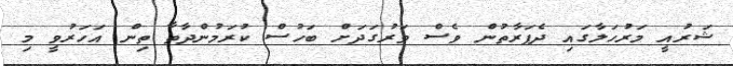
ޝަރުއީ މަރުހަލާގައި ދެފަރާތުން ވެސް ވަރުގަދަށް ބަހުސް ކުރަމުންދާތާ ތިން އަހަރުވީ މި